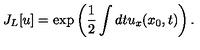
J _ { L } [ u ] = \exp \left( \frac { 1 } { 2 } \int d t u _ { x } ( x _ { 0 } , t ) \right) .